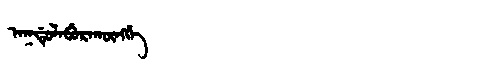
Manchu: ᠠᡴᡩᡠᠯᠠᠪᡠᡵᠠᡴᡡᠩᡤᡝ
Romanization: AKDULABURAKŪNGGE